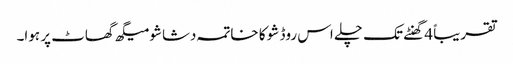
تقریباً 4 گھنٹے تک چلے اس روڈ شو کا خاتمہ دشاشو میگھ گھاٹ پر ہوا۔